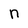
Character: n